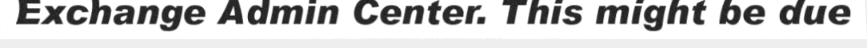
Exchange Admin Center. This might be due